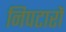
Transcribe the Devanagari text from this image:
निपटारों